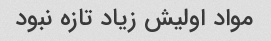
مواد اولیش زیاد تازه نبود